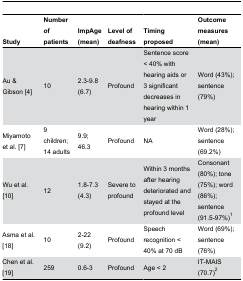
<table><thead><tr><td><b>Study</b></td><td><b>Number ofpatients</b></td><td><b>ImpAge (mean)</b></td><td><b>Level of deafness</b></td><td><b>Timing proposed</b></td><td><b>Outcome measures (mean)</b></td></tr></thead><tbody><tr><td>Au &amp; Gibson [4]</td><td>10</td><td>2.3-9.8 (6.7)</td><td>Profound</td><td>Sentence score &lt; 40% with hearing aids or 3 significant decreases in hearing within 1 year</td><td>Word (43%); sentence (79%)</td></tr><tr><td>Miyamoto et al. [7]</td><td>9 children; 14 adults</td><td>9.9; 46.3</td><td>Profound</td><td>NA</td><td>Word (28%); sentence (69.2%)</td></tr><tr><td>Wu et al. [10]</td><td>12</td><td>1.8-7.3 (4.3)</td><td>Severe to profound</td><td>Within 3 months after hearing deteriorated and stayed at the profound level</td><td>Consonant (80%); tone (75%); word (86%); sentence (91.5-97%)<sup>1</sup></td></tr><tr><td>Asma et al. [18]</td><td>10</td><td>2-22 (9.2)</td><td>Profound</td><td>Speech recognition &lt; 40% at 70 dB</td><td>Word (69%); sentence (76%)</td></tr><tr><td>Chen et al. [19]</td><td>259</td><td>0.6-3</td><td>Profound</td><td>Age &lt; 2</td><td>IT-MAIS (70.7)<sup>2</sup></td></tr></tbody></table>